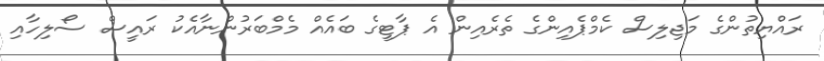
ރައްޔިތުންގެ މަޖިލިސް ކެމްޕެއިންގެ ތެރެއިން އެ ޕާޓީގެ ބައެއް މެމްބަރުންނާއެކު ރައީސް ސޯލިހާއި